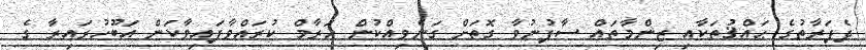
ދެފަރާތުގެ ޙައްޤުތަކާއި ޒިންމާތައް ސާފުނުވާ ގޮތަށް ގަނެވިއްކުން ހަރާމް ކުރައްވާފައިވާކަން އަބޫހުރައިރާ ގެ